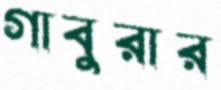
গাবুরার